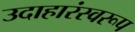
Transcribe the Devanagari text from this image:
उदाहारंस्वरूप